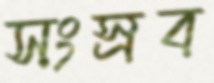
সংস্রব